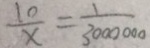
\frac { 1 0 } { x } = \frac { 1 } { 3 0 0 0 0 0 0 }